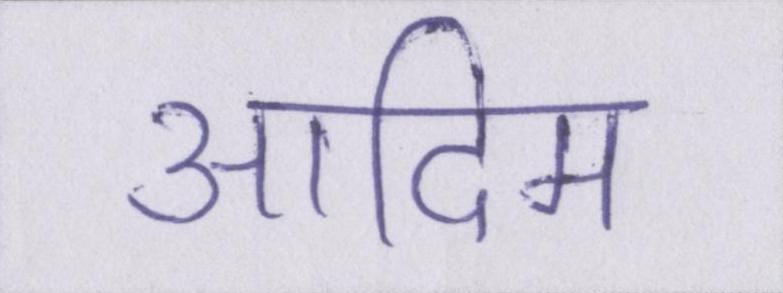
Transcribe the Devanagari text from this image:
आदिम